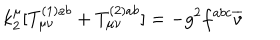
k _ { 2 } ^ { \mu } [ T _ { \mu \nu } ^ { ( 1 ) a b } + T _ { \mu \nu } ^ { ( 2 ) a b } ] = - g ^ { 2 } f ^ { a b c } \overline { { { v } } }